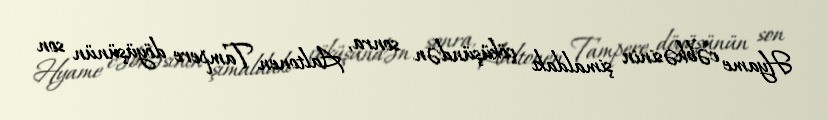
Hyame cəbhəsinin şimaldakı çöküşündən sonra, Aaltonen Tampere döyüşünün son